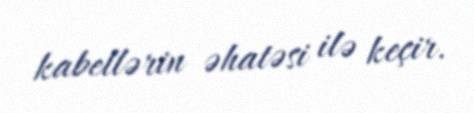
kabellərin əhatəsi ilə keçir.